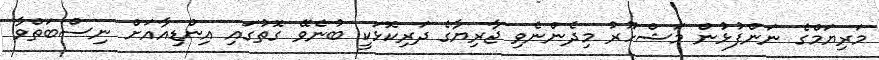
މަރިޔަމްގެ ނަންފުޅުން މަޝްހޫރު މިދެންނެވި ޖާރިޔާގެ ދަރިކޮޅަކީ ބުނެވޭ ގޮތުގައި އިންޑިއާއަށް ނިސްބަތްވާ